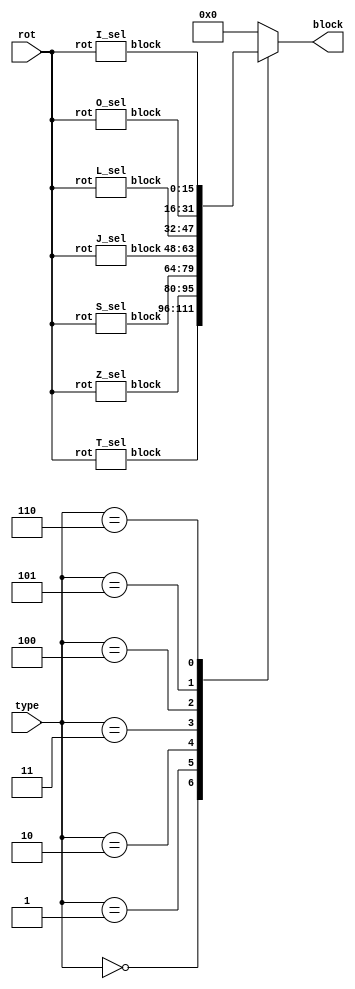
`timescale 1ns / 1ps
//////////////////////////////////////////////////////////////////////////////////
// Company: 
// Engineer: 
// 
// Design Name: 
// Module Name:    tetris_blocks 
// Project Name: 
// Target Devices: 
// Tool versions: 
// Description: 
//
// Dependencies: 
//
// Revision: 
// Revision 0.01 - File Created
// Additional Comments: 
//
//////////////////////////////////////////////////////////////////////////////////

//------------------------------------------------------------------------
// given a type and rotation outputs the block encoded in a 16 bit int
//------------------------------------------------------------------------
module JIZLOTS_sel(input[2:0] type, input[1:0] rot, output reg[0:15] block);

wire[0:15] block_t, block_z, block_s, block_j, block_l, block_o, block_i;

T_sel t(rot, block_t);
Z_sel z(rot, block_z);
S_sel s(rot, block_s);
J_sel j(rot, block_j);
L_sel l(rot, block_l);
O_sel o(rot, block_o);
I_sel i(rot, block_i);

always @*
begin
    case(type)
        0: block = block_t;
        1: block = block_z;
        2: block = block_s;
        3: block = block_j;
        4: block = block_l;
        5: block = block_o;
        6: block = block_i;
        default: block = 0; //shouldn't happen
    endcase
end

endmodule

module T_sel(input[1:0] rot, output reg[0:15] block);

wire[0:15] t0 = 16'b1110010000000000;
wire[0:15] t1 = 16'b0010011000100000;
wire[0:15] t2 = 16'b0000010011100000;
wire[0:15] t3 = 16'b1000110010000000;

always @*
begin
    case(rot)
        0: block = t0;
        1: block = t1;
        2: block = t2;
        3: block = t3;
        default: block = t0;
    endcase
end

endmodule

module Z_sel(input[1:0] rot, output reg[0:15] block);

wire[0:15] z0 = 16'b1100011000000000;
wire[0:15] z1 = 16'b0010011001000000;
wire[0:15] z2 = 16'b0000110001100000;
wire[0:15] z3 = 16'b0100110010000000;

always @*
begin
    case(rot)
        0: block = z0;
        1: block = z1;
        2: block = z2;
        3: block = z3;
        default: block = z0;
    endcase
end

endmodule

module S_sel(input[1:0] rot, output reg[0:15] block);

wire[0:15] s0 = 16'b0110110000000000;
wire[0:15] s1 = 16'b0100011000100000;
wire[0:15] s2 = 16'b0000011011000000;
wire[0:15] s3 = 16'b1000110001000000;

always @*
begin
    case(rot)
        0: block = s0;
        1: block = s1;
        2: block = s2;
        3: block = s3;
        default: block = s0;
    endcase
end

endmodule

module J_sel(input[1:0] rot, output reg[0:15] block);

wire[0:15] j0 = 16'b0100010011000000;
wire[0:15] j1 = 16'b1000111000000000;
wire[0:15] j2 = 16'b0110010001000000;
wire[0:15] j3 = 16'b0000111000100000;

always @*
begin
    case(rot)
        0: block = j0;
        1: block = j1;
        2: block = j2;
        3: block = j3;
        default: block = j0;
    endcase
end

endmodule

module L_sel(input[1:0] rot, output reg[0:15] block);

wire[0:15] l0 = 16'b0100010011000000;
wire[0:15] l1 = 16'b0000111010000000;
wire[0:15] l2 = 16'b1100010001000000;
wire[0:15] l3 = 16'b0010111000000000;

always @*
begin
    case(rot)
        0: block = l0;
        1: block = l1;
        2: block = l2;
        3: block = l3;
        default: block = l0;
    endcase
end

endmodule

module O_sel(input[1:0] rot, output reg[0:15] block);

wire[0:15] o0 = 16'b1100110000000000;

always @*
begin
    case(rot)
        default: block = o0;
    endcase
end

endmodule

module I_sel(input[1:0] rot, output reg[0:15] block);

wire[0:15] i0 = 16'b1000100010001000;
wire[0:15] i1 = 16'b0000000011110000;

always @*
begin
    case(rot)
        0: block = i0;
        1: block = i1;
        2: block = i0;
        3: block = i1;
        default: block = i0;
    endcase
end

endmodule